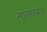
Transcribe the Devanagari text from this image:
सालाह्कार